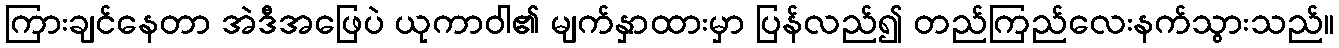
ကြားချင်နေတာ အဲဒီအဖြေပဲ ယုကာဝါ၏ မျက်နှာထားမှာ ပြန်လည်၍ တည်ကြည်လေးနက်သွားသည်။